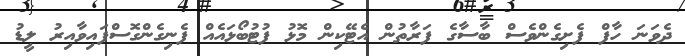
ދެވަނަ ހާފް ފެށިގެންވެސް ބާސާގެ ފަރާތުން އެޓޭކިން މޮޅު ފުޓުބޯޅައެއް ފެނިގެންގޮސްފައިވާއިރު ލީޑު